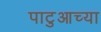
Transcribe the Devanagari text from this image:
पाटुआच्या